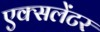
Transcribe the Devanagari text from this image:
एक्सलेंटर